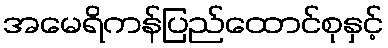
အမေရိကန်ပြည်ထောင်စုနှင့်